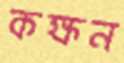
কক্ষন